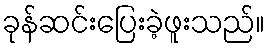
ခုန်ဆင်းပြေးခဲ့ဖူးသည်။